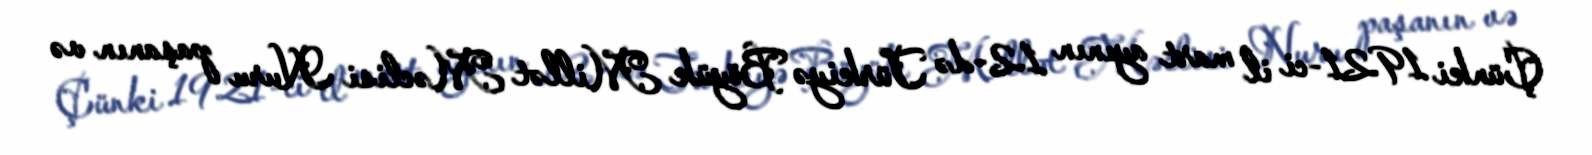
Çünki 1921-ci il mart ayının 12-də Türkiyə Böyük Millət Məclisi Nuru paşanın və